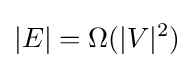
|E|=\Omega (|V|^{2})